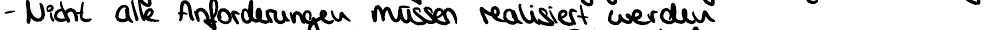
- Nicht alle Anforderungen müssen realisiert werden